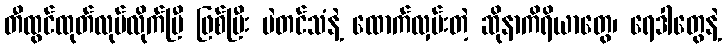
တီထွင်ထုတ်လုပ်လိုက်ပြီ ဖြစ်ပြီး ပဲတင်သံနဲ့ ထောက်လှမ်းတဲ့ ဆိုနာကိရိယာတွေ၊ ရေဒါတွေနဲ့